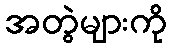
အတွဲများကို